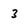
Character: 3